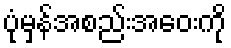
ပုံမှန်အစည်းအဝေးကို